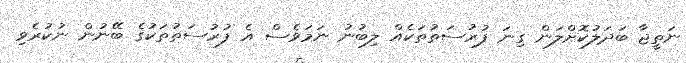
ނަތީޖާ ބަދަލުކޮށްލަން ގިނަ ފުރުސަތުތަކެއް ލިބުނު ނަމަވެސް އެ ފުރުސަތުތަކުގެ ބޭނުން ނުކުރެވި